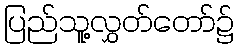
ပြည်သူ့လွှတ်တော်၌